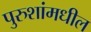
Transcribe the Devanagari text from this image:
पुरुशांमधील